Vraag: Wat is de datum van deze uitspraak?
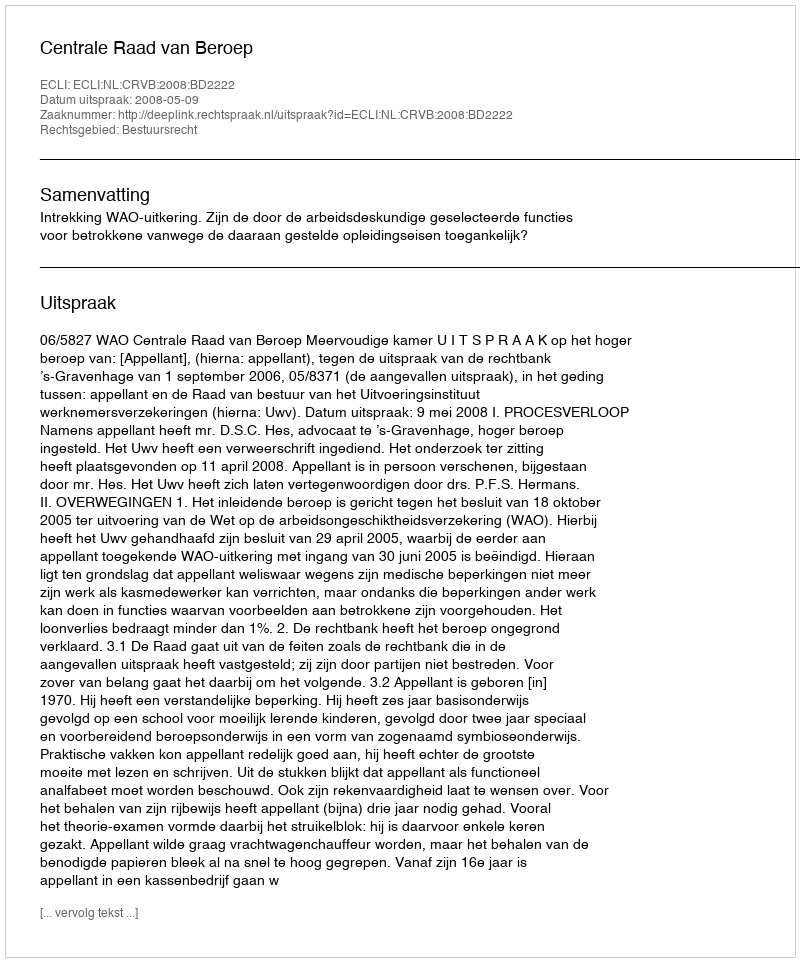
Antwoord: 2008-05-09